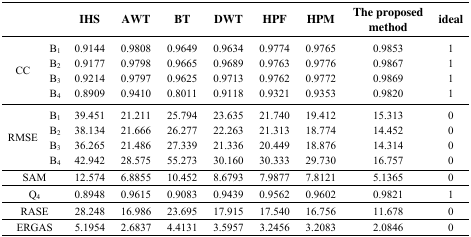
<table><thead><tr><td></td><td></td><td><b>IHS</b></td><td><b>AWT</b></td><td><b>BT</b></td><td><b>DWT</b></td><td><b>HPF</b></td><td><b>HPM</b></td><td><b>The proposed method</b></td><td><b>ideal</b></td></tr></thead><tbody><tr><td rowspan="4">CC</td><td>B<sub>1</sub></td><td>0.9144</td><td>0.9808</td><td>0.9649</td><td>0.9634</td><td>0.9774</td><td>0.9765</td><td>0.9853</td><td>1</td></tr><tr><td>B<sub>2</sub></td><td>0.9177</td><td>0.9798</td><td>0.9665</td><td>0.9689</td><td>0.9763</td><td>0.9776</td><td>0.9867</td><td>1</td></tr><tr><td>B<sub>3</sub></td><td>0.9214</td><td>0.9797</td><td>0.9625</td><td>0.9713</td><td>0.9762</td><td>0.9772</td><td>0.9869</td><td>1</td></tr><tr><td>B<sub>4</sub></td><td>0.8909</td><td>0.9410</td><td>0.8011</td><td>0.9118</td><td>0.9321</td><td>0.9353</td><td>0.9820</td><td>1</td></tr><tr><td rowspan="4">RMSE</td><td>B<sub>1</sub></td><td>39.451</td><td>21.211</td><td>25.794</td><td>23.635</td><td>21.740</td><td>19.412</td><td>15.313</td><td>0</td></tr><tr><td>B<sub>2</sub></td><td>38.134</td><td>21.666</td><td>26.277</td><td>22.263</td><td>21.313</td><td>18.774</td><td>14.452</td><td>0</td></tr><tr><td>B<sub>3</sub></td><td>36.265</td><td>21.486</td><td>27.339</td><td>21.336</td><td>20.449</td><td>18.876</td><td>14.314</td><td>0</td></tr><tr><td>B<sub>4</sub></td><td>42.942</td><td>28.575</td><td>55.273</td><td>30.160</td><td>30.333</td><td>29.730</td><td>16.757</td><td>0</td></tr><tr><td colspan="2">SAM</td><td>12.574</td><td>6.8855</td><td>10.452</td><td>8.6793</td><td>7.9877</td><td>7.8121</td><td>5.1365</td><td>0</td></tr><tr><td colspan="2">Q<sub>4</sub></td><td>0.8948</td><td>0.9615</td><td>0.9083</td><td>0.9439</td><td>0.9562</td><td>0.9602</td><td>0.9821</td><td>1</td></tr><tr><td colspan="2">RASE</td><td>28.248</td><td>16.986</td><td>23.695</td><td>17.915</td><td>17.540</td><td>16.756</td><td>11.678</td><td>0</td></tr><tr><td colspan="2">ERGAS</td><td>5.1954</td><td>2.6837</td><td>4.4131</td><td>3.5957</td><td>3.2456</td><td>3.2083</td><td>2.0846</td><td>0</td></tr></tbody></table>